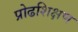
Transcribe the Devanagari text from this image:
प्रोढशिक्षण